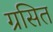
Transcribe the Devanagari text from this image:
ग्रसित